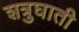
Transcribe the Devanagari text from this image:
शत्रुघाती